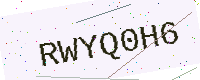
Text: RWYQ0H6